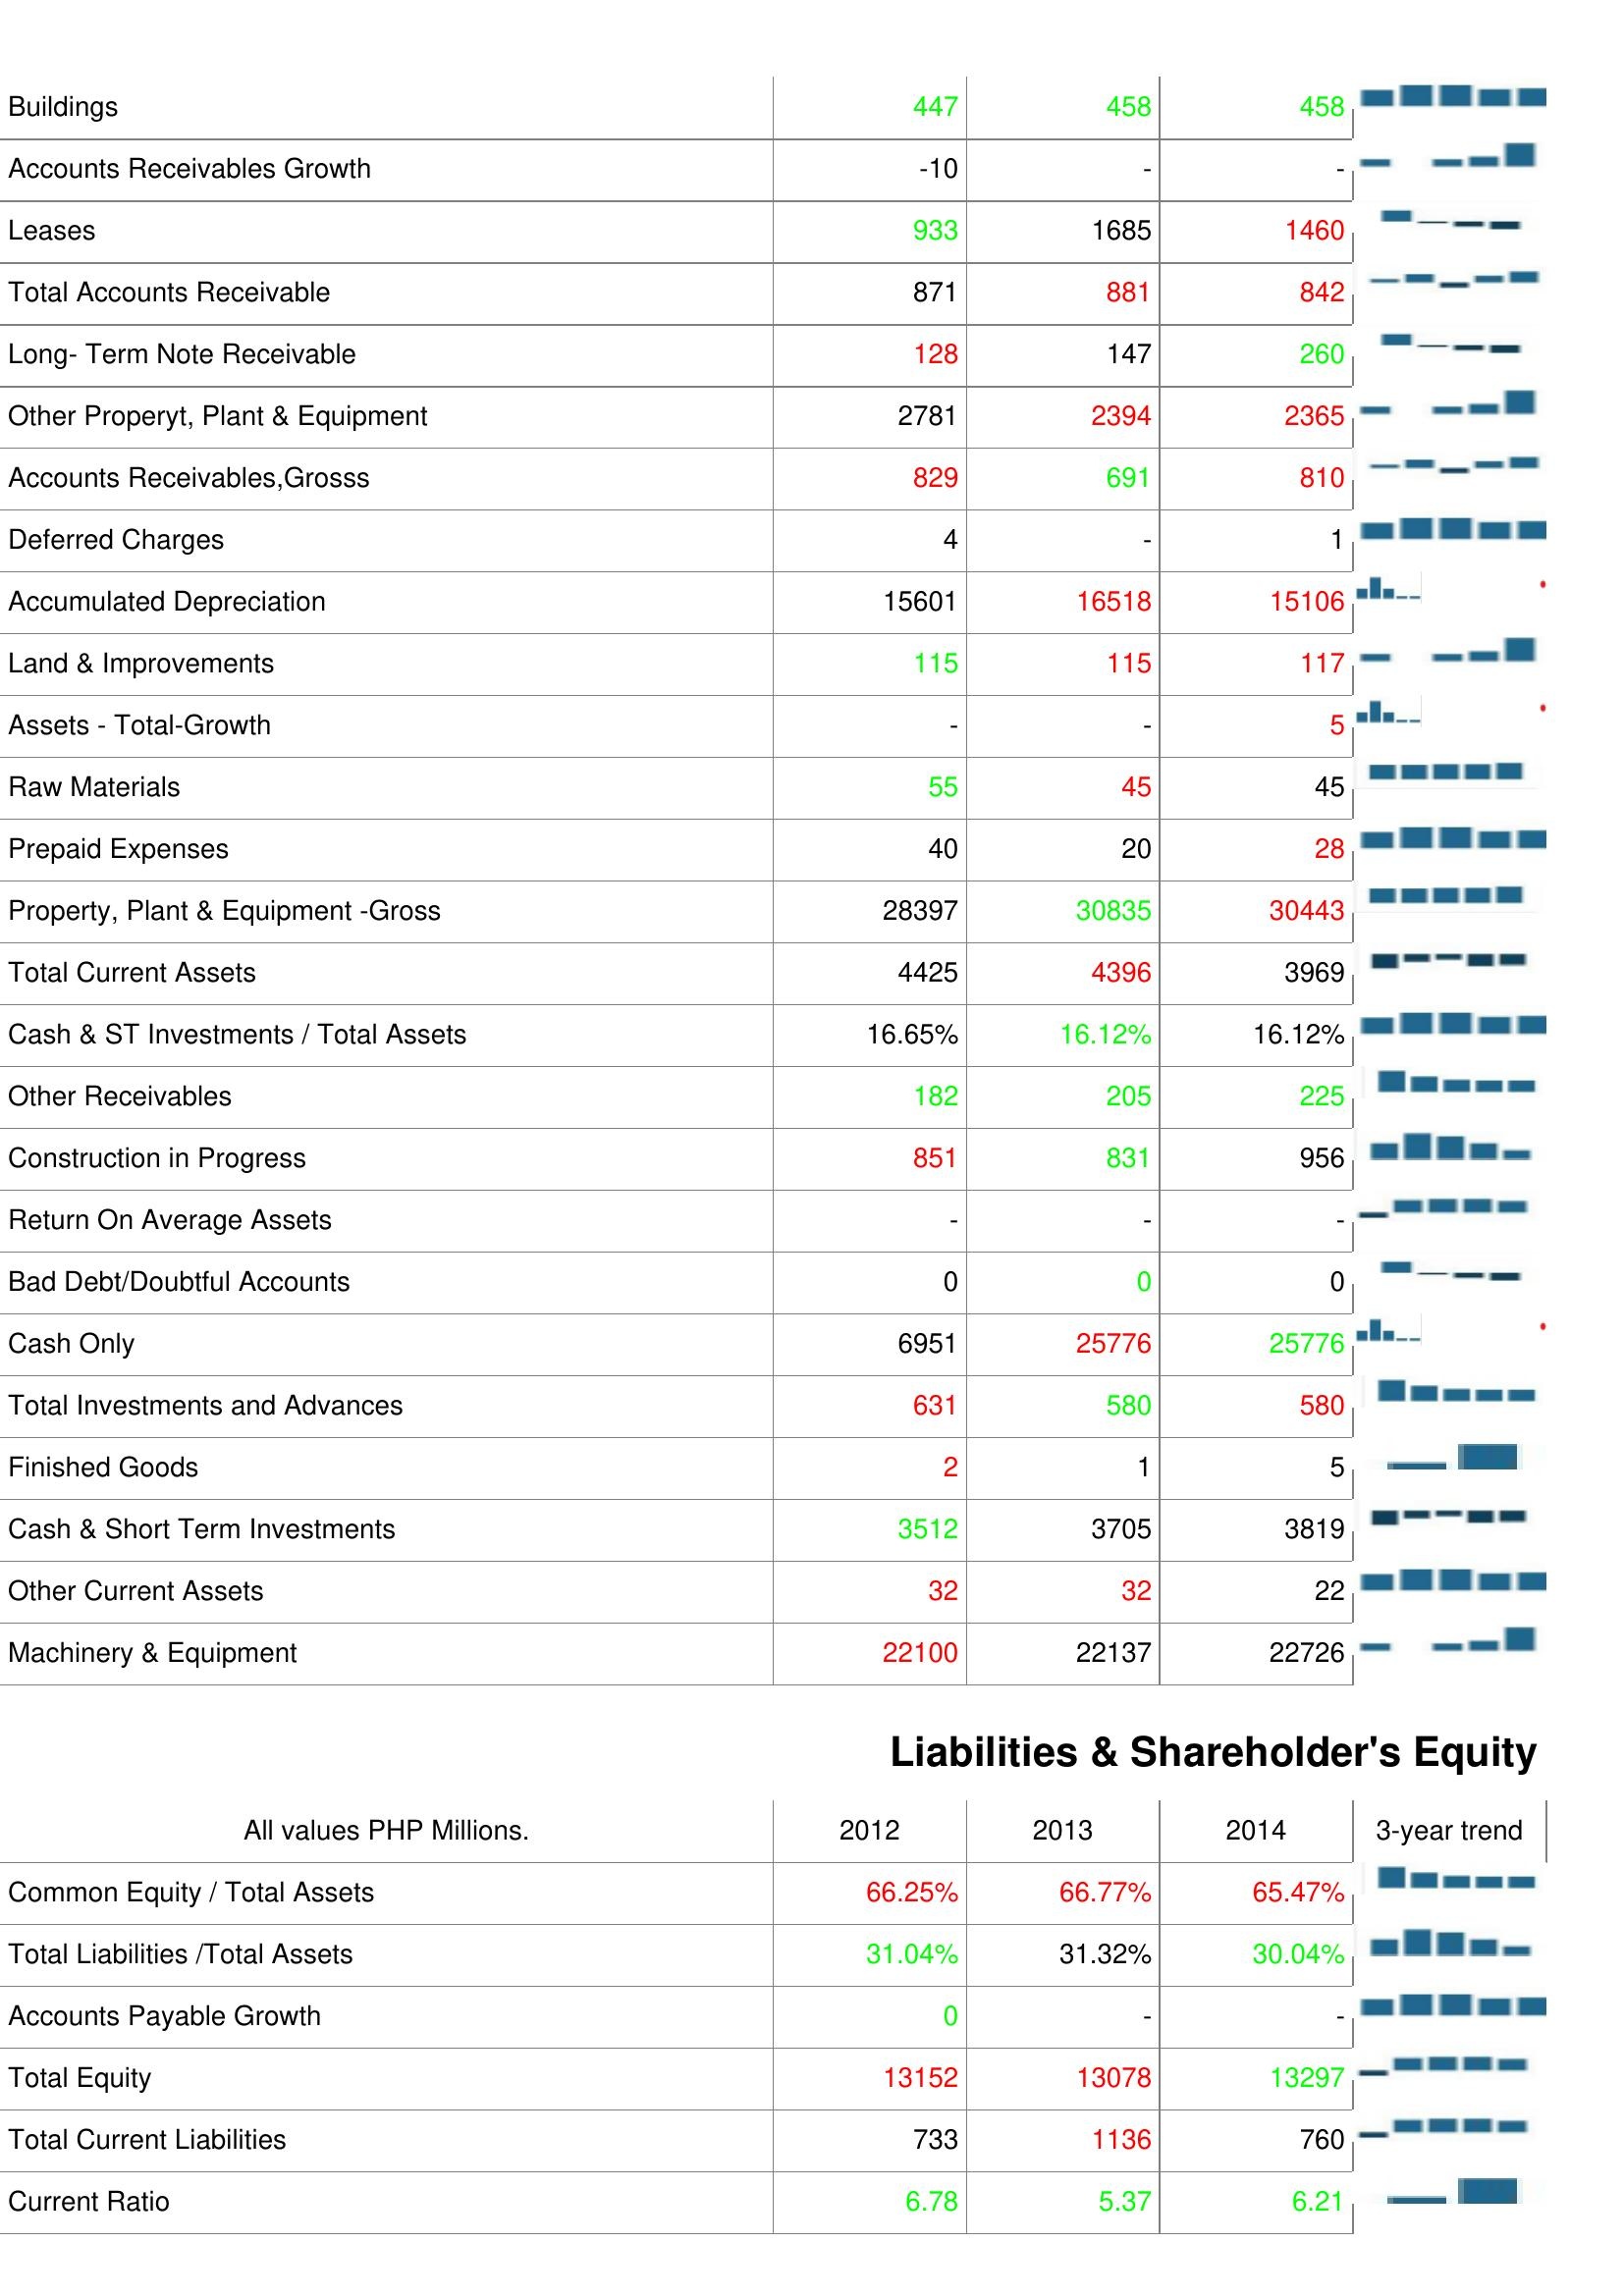
2012: Assets: Buildings: 447
Accounts Receivables Growth: -10
Leases: 933
Total Accounts Receivable: 871
Long- Term Note Receivable: 128
Other Properyt, Plant & Equipment: 2781
Accounts Receivables,Grosss: 829
Deferred Charges: 4
Accumulated Depreciation: 15601
Land & Improvements: 115
Assets - Total-Growth: -
Raw Materials: 55
Prepaid Expenses: 40
Property, Plant & Equipment -Gross: 28397
Total Current Assets: 4425
Cash & ST Investments / Total Assets: 16.65%
Other Receivables: 182
Construction in Progress: 851
Return On Average Assets: -
Bad Debt/Doubtful Accounts: 0
Cash Only: 6951
Total Investments and Advances: 631
Finished Goods: 2
Cash & Short Term Investments: 3512
Other Current Assets: 32
Machinery & Equipment: 22100
Liabilities & Shareholder's Equity: Common Equity / Total Assets: 66.25%
Total Liabilities /Total Assets: 31.04%
Accounts Payable Growth: 0
Total Equity: 13152
Total Current Liabilities: 733
Current Ratio: 6.78
2013: Assets: Buildings: 458
Accounts Receivables Growth: -
Leases: 1685
Total Accounts Receivable: 881
Long- Term Note Receivable: 147
Other Properyt, Plant & Equipment: 2394
Accounts Receivables,Grosss: 691
Deferred Charges: -
Accumulated Depreciation: 16518
Land & Improvements: 115
Assets - Total-Growth: -
Raw Materials: 45
Prepaid Expenses: 20
Property, Plant & Equipment -Gross: 30835
Total Current Assets: 4396
Cash & ST Investments / Total Assets: 16.12%
Other Receivables: 205
Construction in Progress: 831
Return On Average Assets: -
Bad Debt/Doubtful Accounts: 0
Cash Only: 25776
Total Investments and Advances: 580
Finished Goods: 1
Cash & Short Term Investments: 3705
Other Current Assets: 32
Machinery & Equipment: 22137
Liabilities & Shareholder's Equity: Common Equity / Total Assets: 66.77%
Total Liabilities /Total Assets: 31.32%
Accounts Payable Growth: -
Total Equity: 13078
Total Current Liabilities: 1136
Current Ratio: 5.37
2014: Assets: Buildings: 458
Accounts Receivables Growth: -
Leases: 1460
Total Accounts Receivable: 842
Long- Term Note Receivable: 260
Other Properyt, Plant & Equipment: 2365
Accounts Receivables,Grosss: 810
Deferred Charges: 1
Accumulated Depreciation: 15106
Land & Improvements: 117
Assets - Total-Growth: 5
Raw Materials: 45
Prepaid Expenses: 28
Property, Plant & Equipment -Gross: 30443
Total Current Assets: 3969
Cash & ST Investments / Total Assets: 16.12%
Other Receivables: 225
Construction in Progress: 956
Return On Average Assets: -
Bad Debt/Doubtful Accounts: 0
Cash Only: 25776
Total Investments and Advances: 580
Finished Goods: 5
Cash & Short Term Investments: 3819
Other Current Assets: 22
Machinery & Equipment: 22726
Liabilities & Shareholder's Equity: Common Equity / Total Assets: 65.47%
Total Liabilities /Total Assets: 30.04%
Accounts Payable Growth: -
Total Equity: 13297
Total Current Liabilities: 760
Current Ratio: 6.21